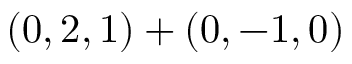
( 0 , 2 , 1 ) + ( 0 , - 1 , 0 )